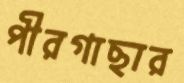
পীরগাছার